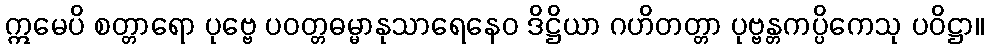
ဣမေပိ စတ္တာရော ပုဗ္ဗေ ပဝတ္တဓမ္မာနုသာရေနေဝ ဒိဋ္ဌိယာ ဂဟိတတ္တာ ပုဗ္ဗန္တကပ္ပိကေသု ပဝိဋ္ဌာ။